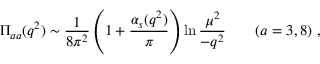
\Pi _ { a a } ( q ^ { 2 } ) \sim { \frac { 1 } { 8 \pi ^ { 2 } } } \left( 1 + { \frac { \alpha _ { s } ( q ^ { 2 } ) } { \pi } } \right) \ln { \frac { \mu ^ { 2 } } { - q ^ { 2 } } } \qquad ( a = 3 , 8 ) \ ,